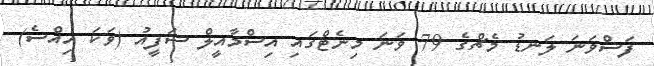
ފަސްވަނަ ލަނޑު މެޗްގެ 79 ވަނަ މިނެޓްގައި އިސްމާއީލް ސަފީއު (ވަކަ އިއްސެ)